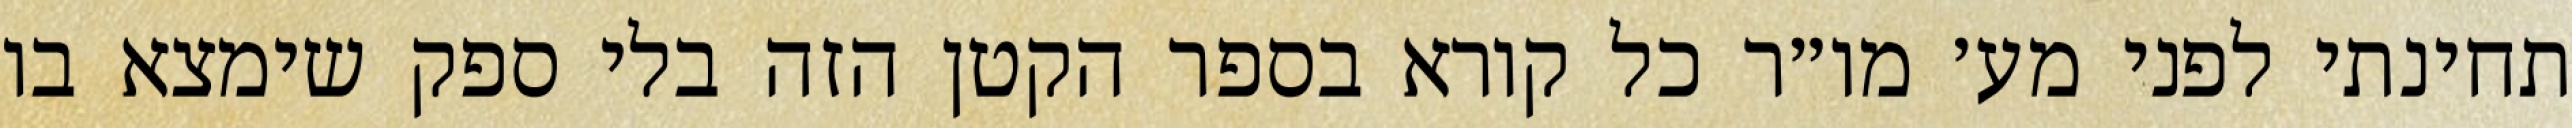
תחינתי לפני מע׳ מו״ר כל קורא בספר הקטן הזה בלי ספק שימצא בו